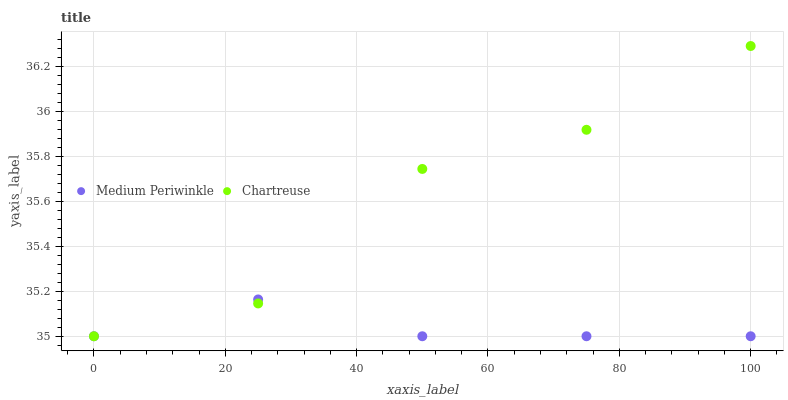
| xaxis_label | Medium Periwinkle | Chartreuse |
 | --- | --- | --- |
 | 0 | 35 | 35 |
 | 25 | 35.2 | 35.1 |
 | 50 | 35 | 35.7 |
 | 75 | 35 | 35.9 |
 | 100 | 35 | 36.3 |